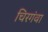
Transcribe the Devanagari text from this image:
चिरगंवा